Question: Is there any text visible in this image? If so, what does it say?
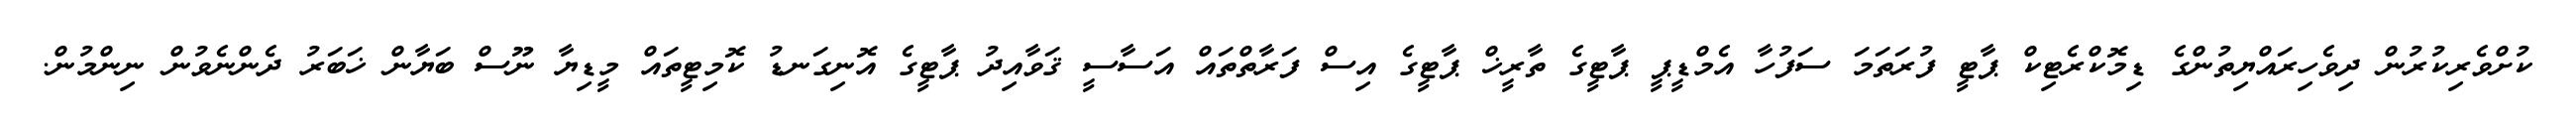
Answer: ކުށްވެރިކުރުން ދިވެހިރައްޔިތުންގެ ޑިމޮކްރެޓިކް ޕާޓީ ފުރަތަމަ ސަފުހާ އެމްޑީޕީ ޕާޓީގެ ތާރީޚް ޕާޓީގެ އިސް ފަރާތްތައް އަސާސީ ޤަވާއިދު ޕާޓީގެ އޮނިގަނޑު ކޮމިޓީތައް މީޑިޔާ ނޫސް ބަޔާން ޚަބަރު ދެންނެވުން ނިންމުން.